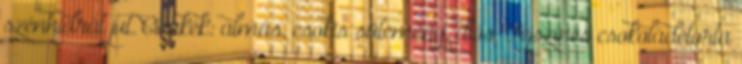
szénhidrát jut. Címkék: almás, csokis sütemény, diós Tejszínes csokoládétorta